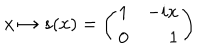
x \mapsto s ( x ) = \left( \begin{array} { l r } { { 1 } } & { { - i x } } \\ { { 0 } } & { { 1 } } \\ \end{array} \right)